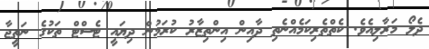
ދެލޯ މަރާލިއެވެ. ކެތްތެރިކަމެއްނެތި ދާއިން އިންތިޒާރު ކުރަމުން ދިޔައީ ޓެސްޓް ތަކުގެ ނަތީޖާ